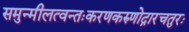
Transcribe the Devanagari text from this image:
समुन्मीलत्वन्तःकरणकरुणोद्गारचतुरः